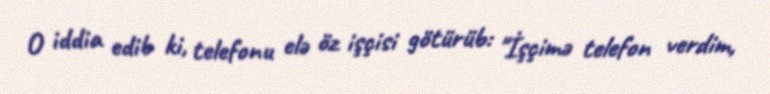
O iddia edib ki, telefonu elə öz işçisi götürüb: "İşçimə telefon verdim,